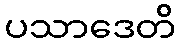
ပသာဒေတိ